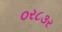
૦ર૮૩ર